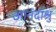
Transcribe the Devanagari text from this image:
आनंदाश्रु